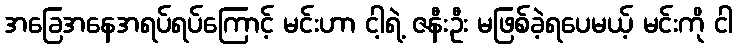
အခြေအနေအရပ်ရပ်ကြောင့် မင်းဟာ ငါ့ရဲ့ ဇနီးဦး မဖြစ်ခဲ့ရပေမယ့် မင်းကို ငါ